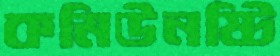
কমিউনষ্টি